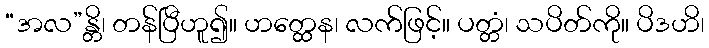
“အလ”န္တိ၊ တန်ပြီဟူ၍။ ဟတ္ထေန၊ လက်ဖြင့်။ ပတ္တံ၊ သပိတ်ကို။ ပိဒဟိ၊